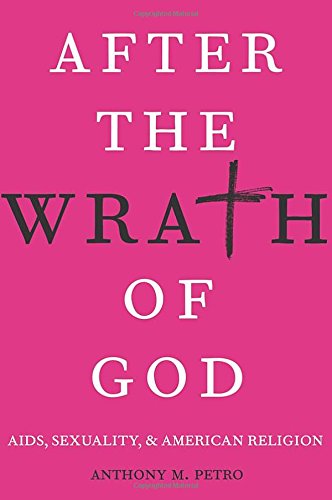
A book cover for After the Wrath of God: AIDS, Sexuality, and American Religion; Anthony M. Petro; Health, Fitness & Dieting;